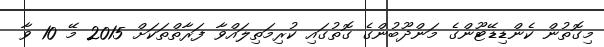
މިގޮތުން ކެންޑިޑޭޓޫންގެ މަންދޫބުންގެ ގޮތުގައި ކުރިމަތިލައްވާ ފަރާތްތަކަށް 2015 މޭ 10 ވާ